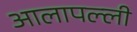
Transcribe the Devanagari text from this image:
आलापल्ली